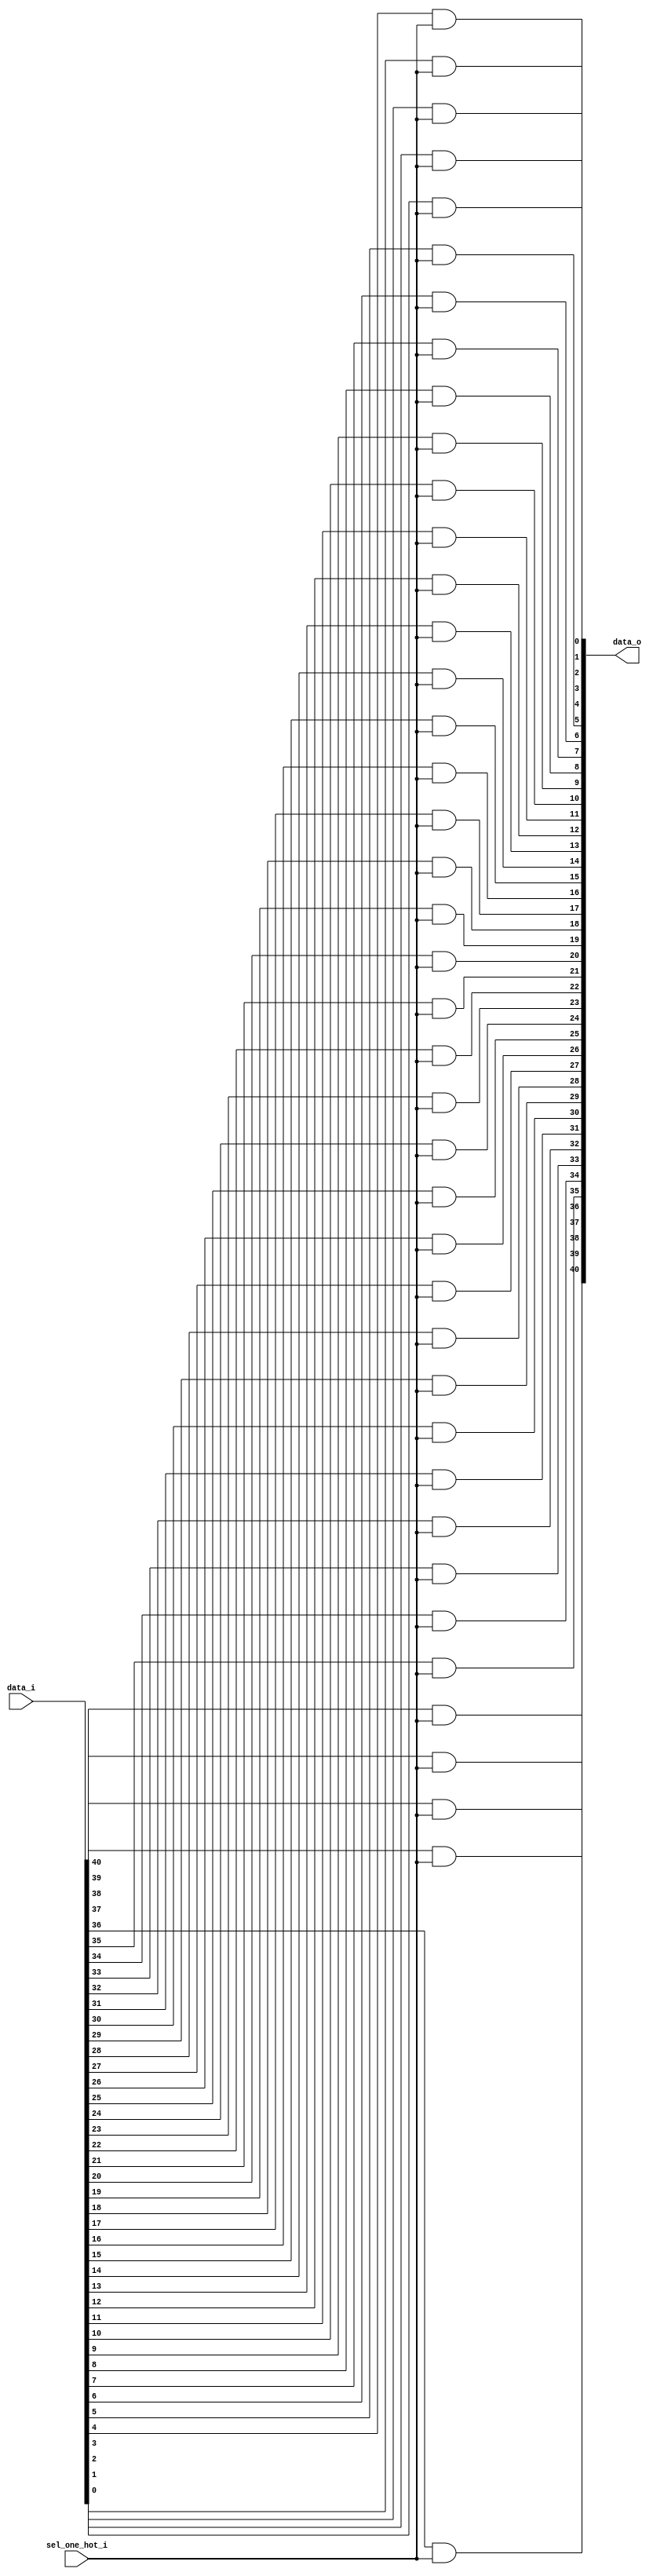
module bsg_mux_one_hot_width_p41_els_p1
(
  data_i,
  sel_one_hot_i,
  data_o
);

  input [40:0] data_i;
  input [0:0] sel_one_hot_i;
  output [40:0] data_o;
  wire [40:0] data_o;
  assign data_o[40] = data_i[40] & sel_one_hot_i[0];
  assign data_o[39] = data_i[39] & sel_one_hot_i[0];
  assign data_o[38] = data_i[38] & sel_one_hot_i[0];
  assign data_o[37] = data_i[37] & sel_one_hot_i[0];
  assign data_o[36] = data_i[36] & sel_one_hot_i[0];
  assign data_o[35] = data_i[35] & sel_one_hot_i[0];
  assign data_o[34] = data_i[34] & sel_one_hot_i[0];
  assign data_o[33] = data_i[33] & sel_one_hot_i[0];
  assign data_o[32] = data_i[32] & sel_one_hot_i[0];
  assign data_o[31] = data_i[31] & sel_one_hot_i[0];
  assign data_o[30] = data_i[30] & sel_one_hot_i[0];
  assign data_o[29] = data_i[29] & sel_one_hot_i[0];
  assign data_o[28] = data_i[28] & sel_one_hot_i[0];
  assign data_o[27] = data_i[27] & sel_one_hot_i[0];
  assign data_o[26] = data_i[26] & sel_one_hot_i[0];
  assign data_o[25] = data_i[25] & sel_one_hot_i[0];
  assign data_o[24] = data_i[24] & sel_one_hot_i[0];
  assign data_o[23] = data_i[23] & sel_one_hot_i[0];
  assign data_o[22] = data_i[22] & sel_one_hot_i[0];
  assign data_o[21] = data_i[21] & sel_one_hot_i[0];
  assign data_o[20] = data_i[20] & sel_one_hot_i[0];
  assign data_o[19] = data_i[19] & sel_one_hot_i[0];
  assign data_o[18] = data_i[18] & sel_one_hot_i[0];
  assign data_o[17] = data_i[17] & sel_one_hot_i[0];
  assign data_o[16] = data_i[16] & sel_one_hot_i[0];
  assign data_o[15] = data_i[15] & sel_one_hot_i[0];
  assign data_o[14] = data_i[14] & sel_one_hot_i[0];
  assign data_o[13] = data_i[13] & sel_one_hot_i[0];
  assign data_o[12] = data_i[12] & sel_one_hot_i[0];
  assign data_o[11] = data_i[11] & sel_one_hot_i[0];
  assign data_o[10] = data_i[10] & sel_one_hot_i[0];
  assign data_o[9] = data_i[9] & sel_one_hot_i[0];
  assign data_o[8] = data_i[8] & sel_one_hot_i[0];
  assign data_o[7] = data_i[7] & sel_one_hot_i[0];
  assign data_o[6] = data_i[6] & sel_one_hot_i[0];
  assign data_o[5] = data_i[5] & sel_one_hot_i[0];
  assign data_o[4] = data_i[4] & sel_one_hot_i[0];
  assign data_o[3] = data_i[3] & sel_one_hot_i[0];
  assign data_o[2] = data_i[2] & sel_one_hot_i[0];
  assign data_o[1] = data_i[1] & sel_one_hot_i[0];
  assign data_o[0] = data_i[0] & sel_one_hot_i[0];

endmodule